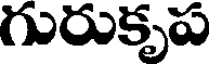
గురుకృప